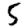
Digit: 5